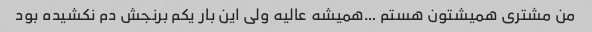
من مشتری همیشتون هستم …همیشه عالیه ولی این بار یکم برنجش دم نکشیده بود